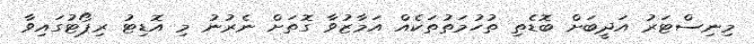
މިނިސްޓަރު އަދީބަށް ބޮޑެތި ތުހުމަތުތަކެއް އަމާޒުވާ ގޮތަށް ނެރުނު މި އޮޑިޓު ރިޕޯޓުގައިވާ